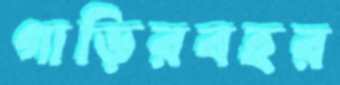
গাড়িরবহর